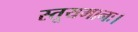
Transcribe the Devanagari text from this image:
स्तूयमानः।